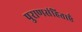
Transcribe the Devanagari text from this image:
पुराणसंहिताएँ